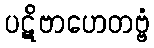
ပဋိဗာဟေတဗ္ဗံ